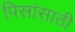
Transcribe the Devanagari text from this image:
पिसांसाठी